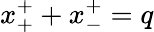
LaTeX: x_{+}^{+}+x_{-}^{+}=q